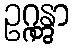
ဥဂ္ဂန္တွာ